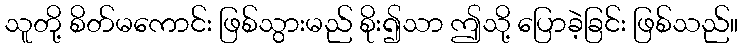
သူတို့ စိတ်မကောင်း ဖြစ်သွားမည် စိုး၍သာ ဤသို့ ပြောခဲ့ခြင်း ဖြစ်သည်။